Civil Veterinary Department Bihar & Orissa reports 1911-21 - 1911-1921
Year: 1911
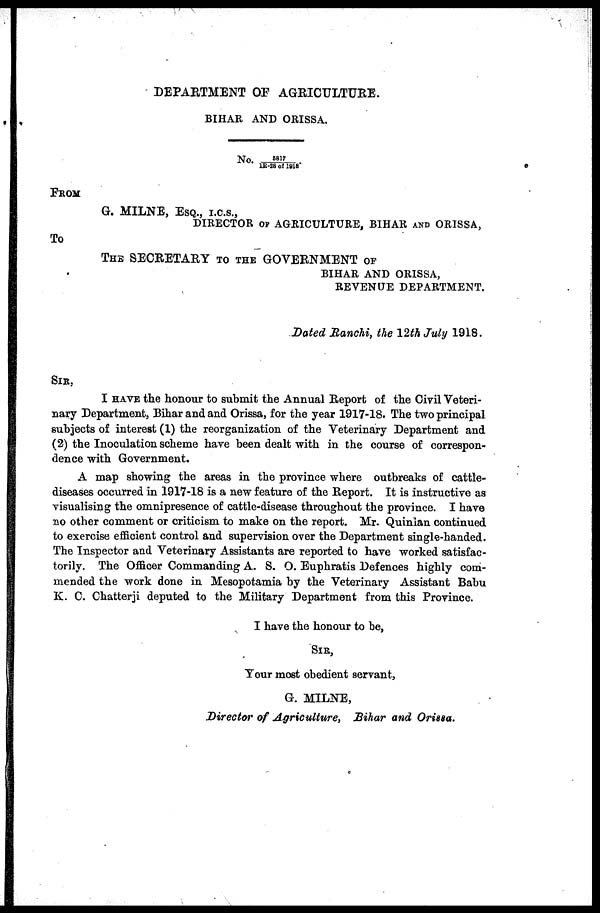
DEPARTMENT OF AGRICULTURE.
BIHAR AND ORISSA.
No. 5817/1R-28of 1918
FROM
G. MILNE, ESQ., I.C.S.,
DIRECTOR OF AGRICULTURE, BIHAR AND ORISSA,
To
THE SECRETARY TO THE GOVERNMENT OF
BIHAR AND ORISSA,
REVENUE DEPARTMENT.
Dated Ranchi, the 12th July 1918.
SIR,
I HAVE the honour to submit the Annual Report of the Civil Veteri-
nary Department, Bihar and and Orissa, for the year 1917-18. The two principal
subjects of interest (1) the reorganization of the Veterinary Department and
(2) the Inoculation scheme have been dealt with in the course of correspon-
dence with Government.
A map showing the areas in the province where outbreaks of cattle-
diseases occurred in 1917-18 is a new feature of the Report. It is instructive as
visualising the omnipresence of cattle-disease throughout the province. I have
no other comment or criticism to make on the report. Mr. Quinlan continued
to exercise efficient control and supervision over the Department single-handed.
The Inspector and Veterinary Assistants are reported to have worked satisfac-
torily. The Officer Commanding A. S. O. Euphratis Defences highly com-
mended the work done in Mesopotamia by the Veterinary Assistant Babu
K. C. Chatterji deputed to the Military Department from this Province.
I have the honour to be,
SIR,
Your most obedient servant,
G. MILNE,
Director of Agriculture,
Bihar and Orissa.